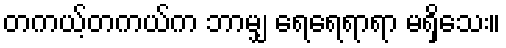
တကယ့်တကယ်က ဘာမျှ ရေရေရာရာ မရှိသေး။